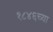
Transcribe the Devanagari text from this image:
१८४६च्या